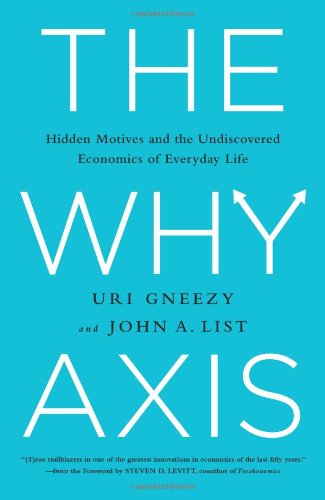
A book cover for The Why Axis: Hidden Motives and the Undiscovered Economics of Everyday Life; Uri Gneezy; Medical Books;